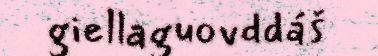
giellaguovddáš